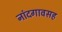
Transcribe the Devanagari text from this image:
नांदगावसह